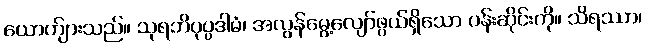
ယောက်ျားသည်။ သုရဘိပုပ္ပဒါမံ၊ အလွန်မွေ့လျော်ဖွယ်ရှိသော ပန်းဆိုင်းကို။ သိရဿာ၊